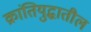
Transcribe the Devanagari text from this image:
क्रांतियुद्धातील